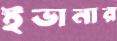
ইভানার